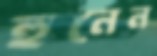
হুনেন